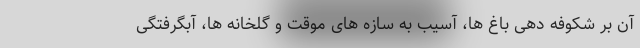
آن بر شکوفه دهی باغ ها، آسیب به سازه های موقت و گلخانه ها، آبگرفتگی